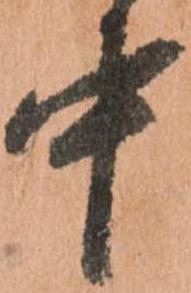
中